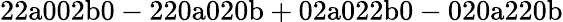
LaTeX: \mathrm{22a002b0-220a020b+02a022b0-020a220b}